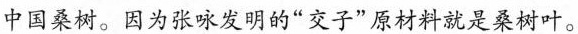
中国桑树。因为张咏发明的”交子”原材料就是桑树叶。